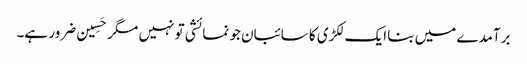
برآمدے میں بنا ایک لکڑی کا سائبان جو نمائشی تو نہیں مگر حَسِین ضرور ہے۔